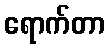
ရောက်တာ